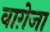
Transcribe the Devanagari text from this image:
वाग़ेजा